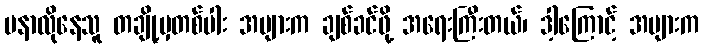
မနာလိုနေသူ တချို့မှတစ်ပါး အများက ချစ်ခင်ဖို့ အရေးကြီးတယ်၊ ဒါ့ကြောင့် အများက